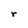
Character: r